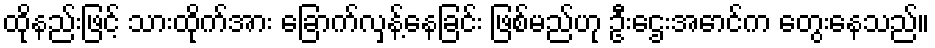
ထိုနည်းဖြင့် သားထိုက်အား ခြောက်လှန့်နေခြင်း ဖြစ်မည်ဟု ဦးဌေးအောင်က တွေးနေသည်။